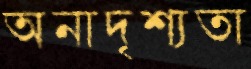
অনাদৃশ্যতা